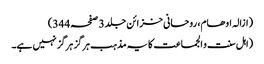
(ازالہ اوھام، روحانی خزائن جلد 3 صفحہ 344)
(اہل سنت و الجماعت کا یہ مذہب ہرگز ہرگز نہیں ہے۔